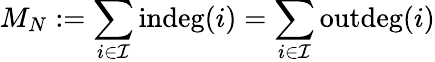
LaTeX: M_{N}:=\sum_{i\in\mathcal{I}}\operatorname{indeg}(i)=\sum_{i\in\mathcal{I}}\operatorname{outdeg}(i)